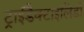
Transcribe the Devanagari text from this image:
ट्राईडैक्टाइलिडी